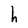
Character: h